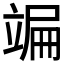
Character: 𥪒